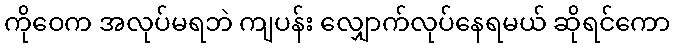
ကိုဝေက အလုပ်မရဘဲ ကျပန်း လျှောက်လုပ်နေရမယ် ဆိုရင်ကော